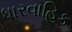
ધારવાહિક